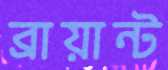
ব্রায়ান্ট